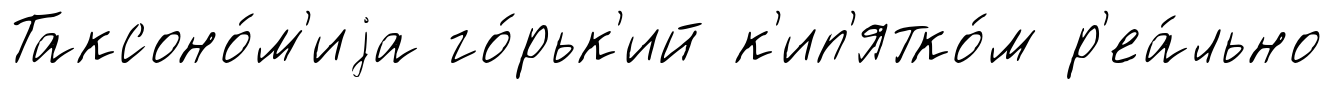
Таксоно́м'иjа го́рьк'ий к'ип'ятко́м р'еа́льно